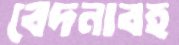
বেদনাবহ